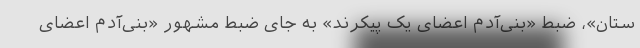
ستان»، ضبط «بنی‌آدم اعضای یک پیکرند» به جای ضبط مشهور «بنی‌آدم اعضای